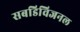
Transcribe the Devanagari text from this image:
सबडिविजनल